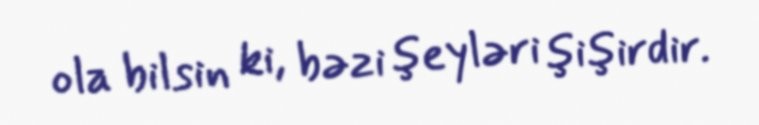
ola bilsin ki, bəzi şeyləri şişirdir.